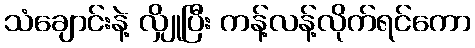
သံချောင်းနဲ့ လျှိုပြီး ကန့်လန့်လိုက်ရင်ကော